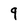
Character: 9